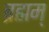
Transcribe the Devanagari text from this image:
ब्रह्मम्